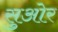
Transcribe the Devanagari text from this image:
सुओर